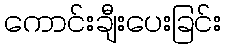
ကောင်းချီးပေးခြင်း